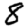
Digit: 8